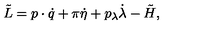
\tilde { L } = p \cdot \dot { q } + \pi \dot { \eta } + p _ { \lambda } \dot { \lambda } - \tilde { H } ,